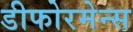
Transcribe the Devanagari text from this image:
डीफोरमेन्स